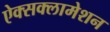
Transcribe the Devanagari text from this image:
ऐक्सक्लामेशन